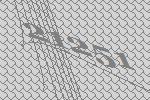
21251